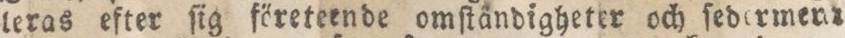
leras efter ſig företeende omſtändigheter och ſedermenr